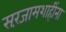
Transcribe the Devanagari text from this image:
सरंजामशाहींना